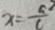
x = \frac { a ^ { 2 } } { c }